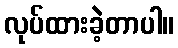
လုပ်ထားခဲ့တာပါ။